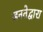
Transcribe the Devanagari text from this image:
जनतेद्वारा